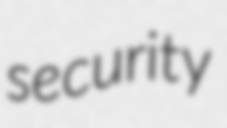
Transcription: security